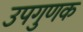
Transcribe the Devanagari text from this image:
उपगुणक